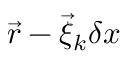
\vec { r } - \vec { \xi } _ { k } \delta x